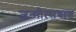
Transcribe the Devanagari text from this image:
जन्मोत्सवात